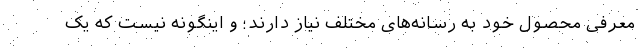
معرفی محصول خود به رسانه‌های مختلف نیاز دارند؛ و اینگونه نیست که یک